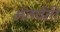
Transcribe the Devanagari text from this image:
अंतर्वती